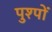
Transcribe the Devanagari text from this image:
पुश्पों